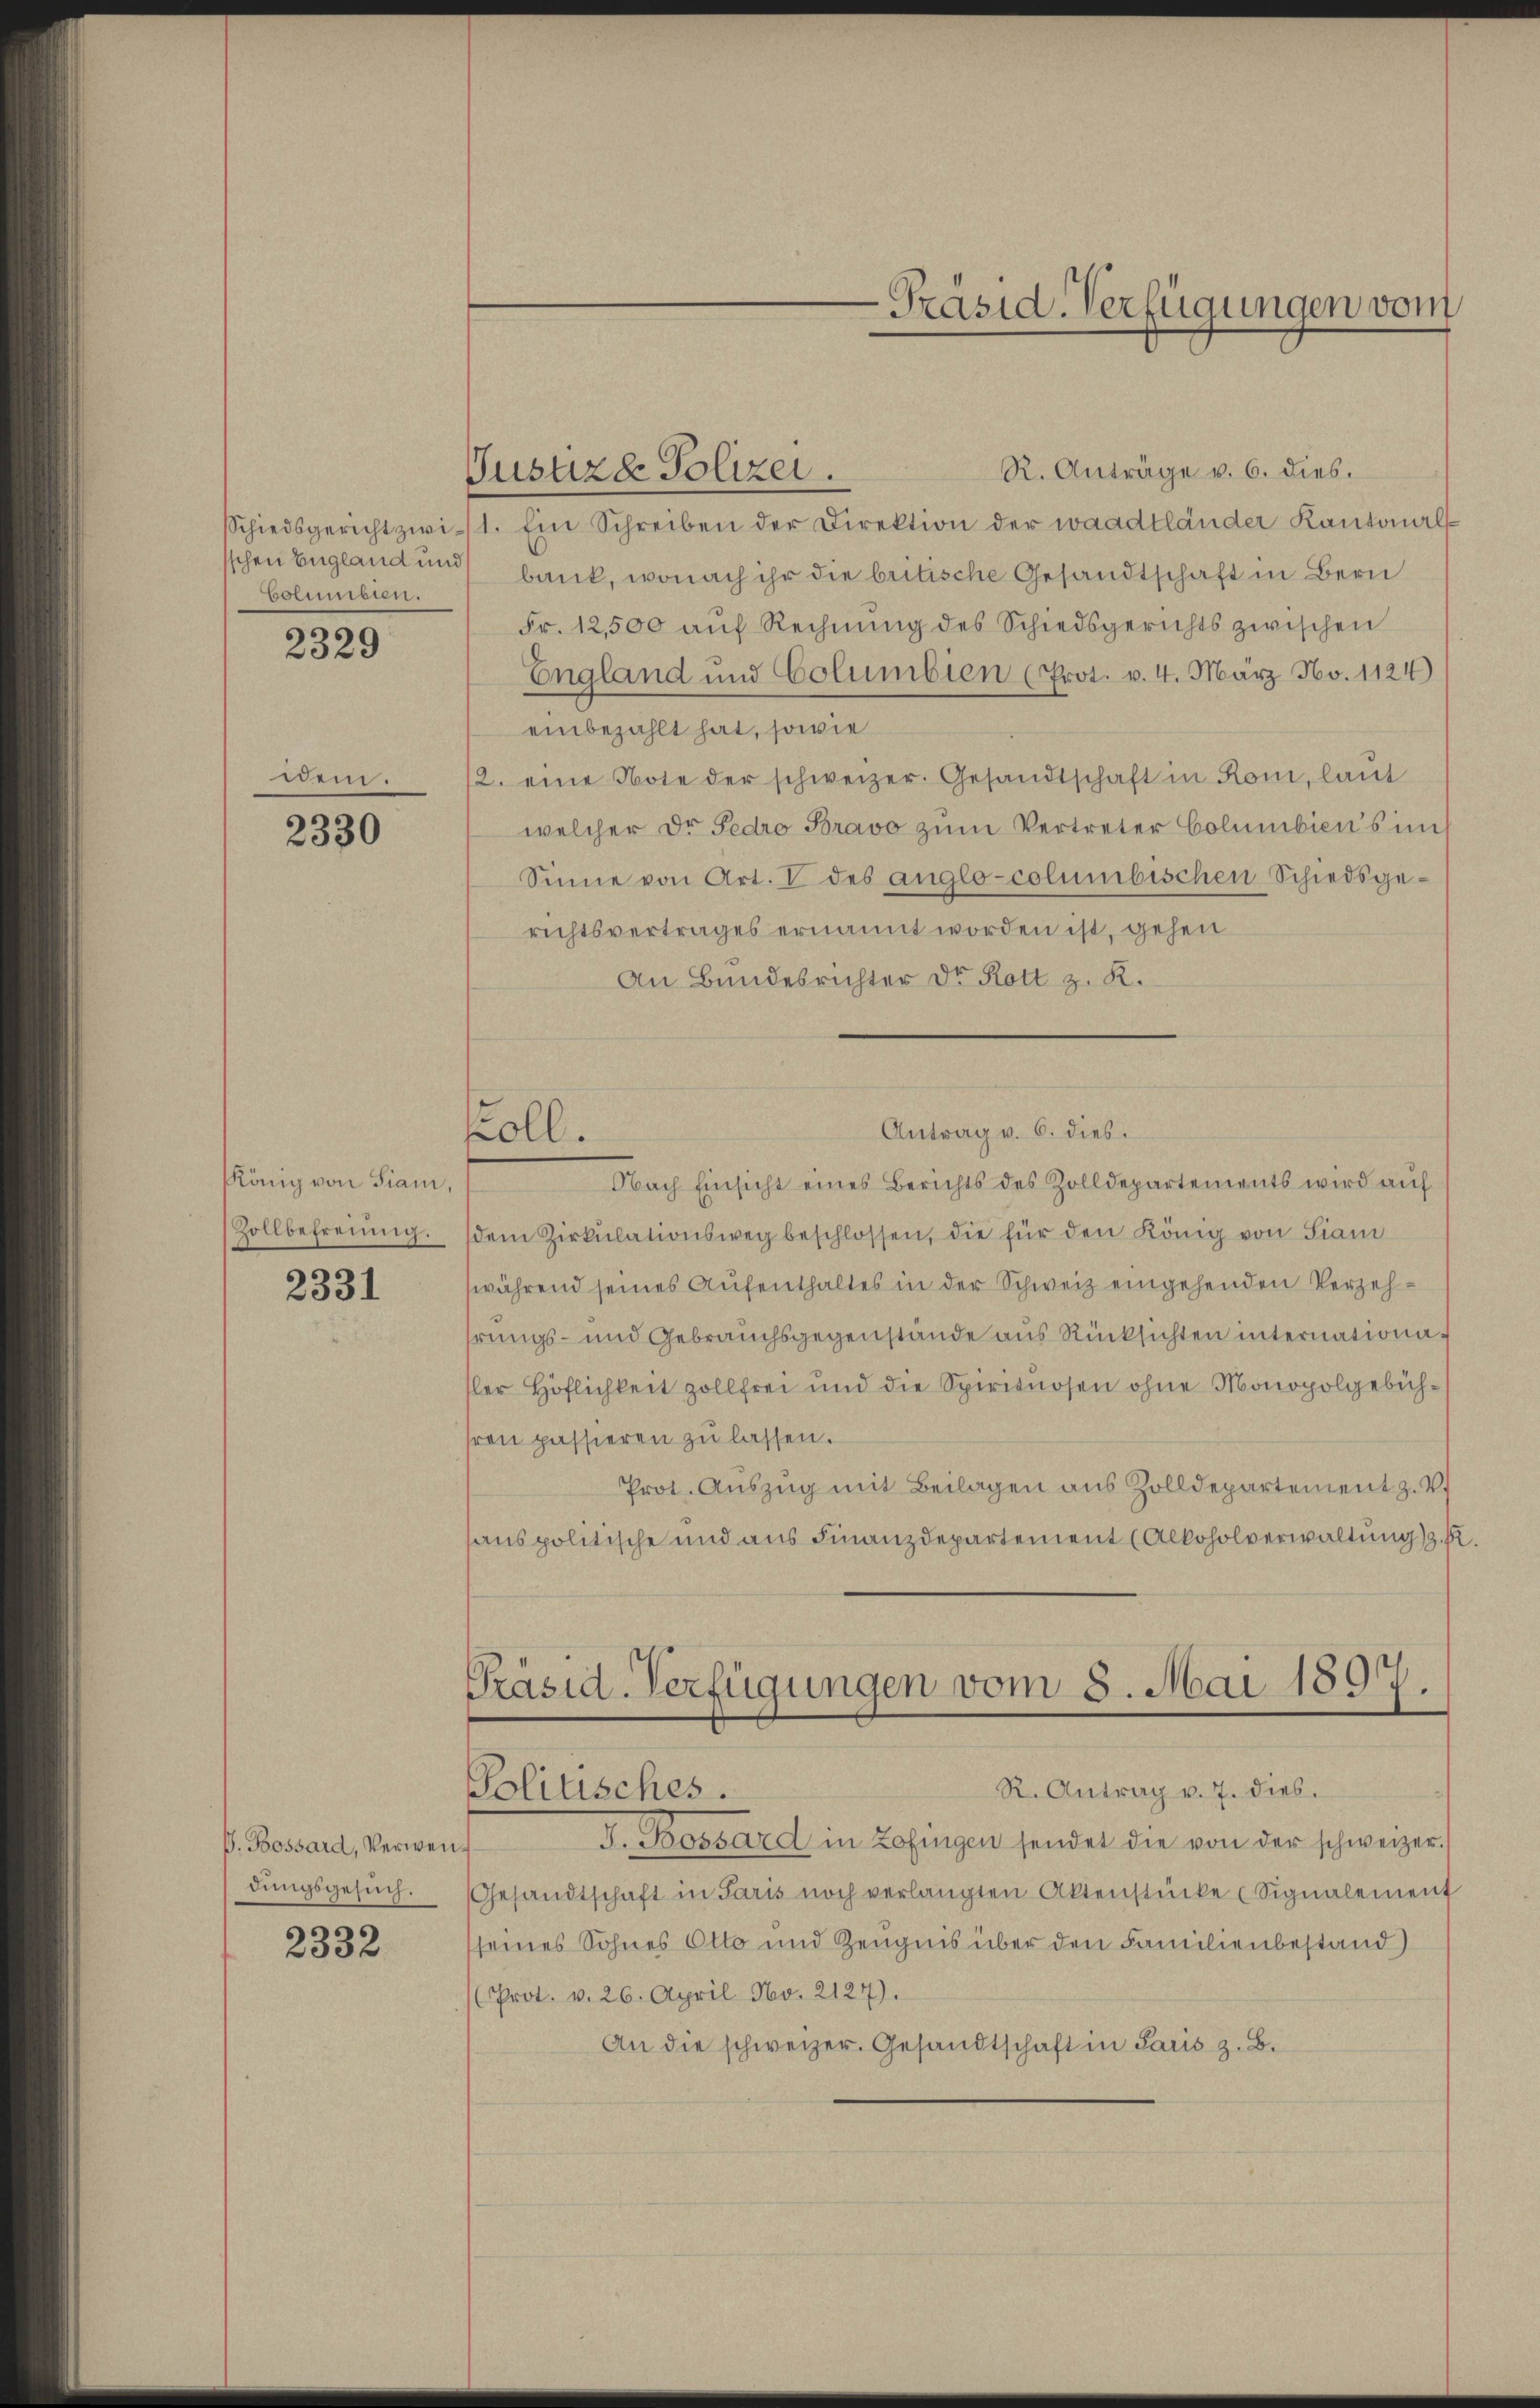
Schiedsgericht zwisschen England und
Columbien.

2329

dem.

2330

König von Fiam,
Zollbefreiung.

2331

P. Bossard, Verwendungsgesuch.

2332

koll.

-Präsid-Verfügungen vom

R. Anträge v. 6. dies.
Justizd Polizei.
1. Ein Schreiben der Direktion der waadtländer Kantonals
bank, wonach ihr die britische Gesandtschaft in Bern
Fr. 12,500 aŭf Rechnŭng des Schiedsgerichts zwischen
England und Columbien (Prot. v. 4. März No. 1124)
einbezahlt hat, sowie
2. eine Note der schweizer. Gesandtschaft in Rom, laut
welcher Dr Fedro Bravo zŭm Vertreter Columbiens im
Sinne von Art. V des anglo-columbischen Schiedsgerichtsvertrages ernannt worden ist, gehen
An Bundesrichter Dr. Rott z. R.
Antrag v. 6. dies.
Nach Einsicht eines Berichts des Zolldepartements wird auf
dem Zirkŭlationsweg beschlossen, die für den König von Sam
während seines Aufenthaltes in der Schweiz eingehenden Verzehhrungs- und Gebrauchsgegenstände aus Rücksichten internationasler Höflichkeit zollfrei und die Spirituosen ohne Monopolgebühhren passieren zu lassen.
Prot. Aŭszŭg mit Beilagen aus Zolldepartement z. V.
sanspolitische und aus Finanzdepartement (Alkoholverwaltung z. B
Präsid-Verfügungen vom 8. Mai 1897.
R. Antrag v. 7. dies.
Politisches.
F. Bossard in Zofingen sendet die von der schweizer.
Gesandtschaft in Paris noch verlangten Aktenstücke (Signalement
seines Sohnes Otto und Zeugnis über den Familienbestand)
Prot. v. 26. April No. 2127).
An die schweizer. Gesandtschaft in Paris z. B.